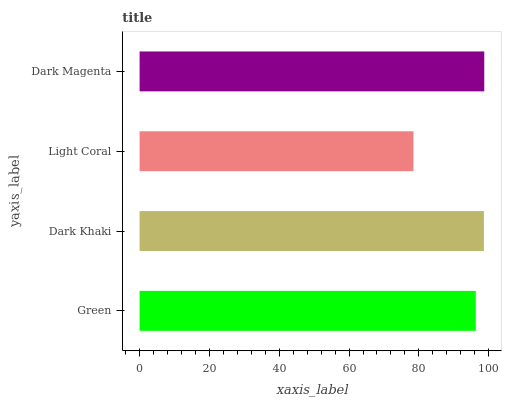
| yaxis_label | bars |
 | --- | --- |
 | Green | 96.3 |
 | Dark Khaki | 98.6 |
 | Light Coral | 78.5 |
 | Dark Magenta | 98.7 |